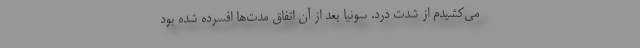
می‌کشیدم از شدت درد. سونیا بعد از آن اتفاق مدت‌ها افسرده شده‌ بود